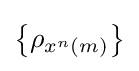
\left\{\rho _{x^{n}\left(m\right)}\right\}